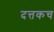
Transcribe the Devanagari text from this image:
दत्तकच